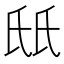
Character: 𬇊